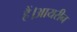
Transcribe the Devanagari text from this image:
हैं।आयरीन